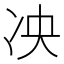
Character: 𫥅